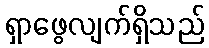
ရှာဖွေလျက်ရှိသည်